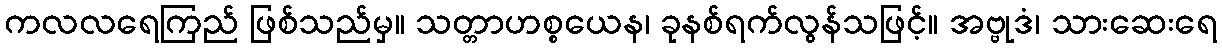
ကလလရေကြည် ဖြစ်သည်မှ။ သတ္တာဟစ္စယေန၊ ခုနစ်ရက်လွန်သဖြင့်။ အဗ္ဗုဒံ၊ သားဆေးရေ